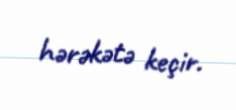
hərəkətə keçir.